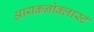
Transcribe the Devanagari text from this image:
आयकनोक्लास्ट